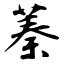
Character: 蓁